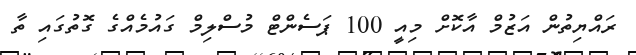
ރައްޔިތުން އަޒުމް އާކޮށް މިއީ 100 ޕަސެންޓް މުސްލިމް ގައުމެއްގެ ގޮތުގައި ތާ